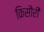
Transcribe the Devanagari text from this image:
किसौरी